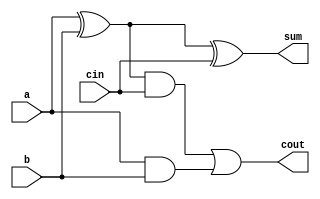
`timescale 1ns / 1ps
//////////////////////////////////////////////////////////////////////////////////
// Company: 
// Engineer: 
// 
// Design Name: 
// Module Name: Adder1Bit
// Project Name: 
// Target Devices: 
// Tool Versions: 
// Description: 
// 
// Dependencies: 
// 
// Revision:
// Revision 0.01 - File Created
// Additional Comments:
// 
//////////////////////////////////////////////////////////////////////////////////


module Adder1Bit(input a,b,cin ,output sum,cout

    );
 assign sum = a^b^cin;
 assign cout = ((a^b) & cin) | (a&b);
 
 
endmodule